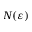
N ( \varepsilon )